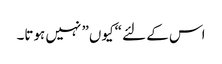
اس کے لئے “کیوں” نہیں ہوتا۔